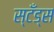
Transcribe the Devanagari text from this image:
स्टँड्स